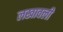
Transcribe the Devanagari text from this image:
लखावली